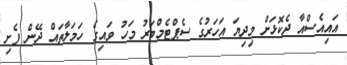
އައިއެސްއާ ދެކޮޅަށް މިދިޔަ އަހަރުގެ ސެޕްޓެމްބަރު މަހު ވައިގެ ހަމަލާތައް ދޭން ފެށި